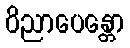
ဝိညာပေန္တော